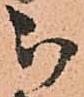
被